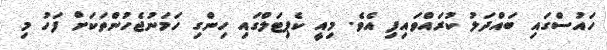
ހައުސްގައި ބައްދަލު ކުރައްވައިފި އެވެ. މިއީ ކެޕިޓަލްގައި ހިންގި ހަމަނުޖެހުންތަކަށް ފަހު މި